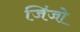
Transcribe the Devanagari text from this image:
जिंजो